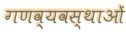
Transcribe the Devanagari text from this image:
गणव्यवस्थाओं